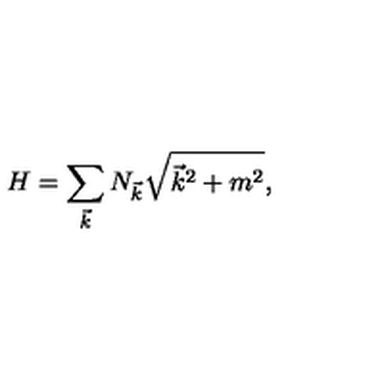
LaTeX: H = \sum _ { \vec { k } } N _ { \vec { k } } \sqrt { \vec { k } ^ { 2 } + m ^ { 2 } } ,